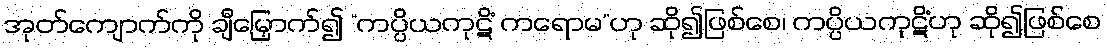
အုတ်ကျောက်ကို ချီမြှောက်၍ “ကပ္ပိယကုဋိံ ကရောမ”ဟု ဆို၍ဖြစ်စေ၊ ကပ္ပိယကုဋိံဟု ဆို၍ဖြစ်စေ